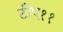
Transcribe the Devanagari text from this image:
टीए११